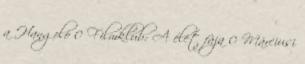
a Hangoló 0 Filmklub: A élet fája 0 Márciusi